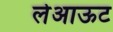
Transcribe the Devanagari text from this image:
लेअाऊट